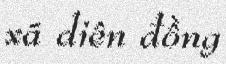
xã diên đồng